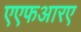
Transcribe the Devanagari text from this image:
एएफआरए